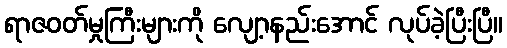
ရာဇဝတ်မှုကြီးများကို လျော့နည်းအောင် လုပ်ခဲ့ပြီးပြီ။